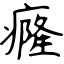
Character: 癃